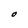
Character: O